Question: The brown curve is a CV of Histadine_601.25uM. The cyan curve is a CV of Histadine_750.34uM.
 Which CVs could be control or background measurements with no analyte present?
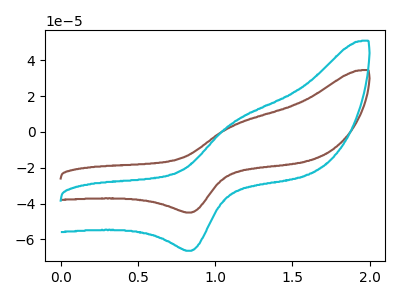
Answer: <think>The brown curve "Histadine_601.25uM" has an anodic peak at (1.10V, 3.70uA) and a cathodic peak at (0.85V, -45.00uA). The cyan curve "Histadine_750.34uM" has an anodic peak at (1.10V, 5.45uA) and a cathodic peak at (0.85V, -66.35uA).</think>
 <answer>There are not any CV's on this graph that are likely to be blanks.</answer>
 <eval>none</eval>